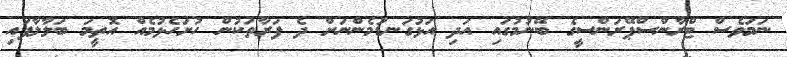
ނަމަވެސް ޓްރާންސްޕޭރަންސީގެ ބޭނުމުގައި އަދި އަޅުގަނޑުމެންނަށް ދެ ފަރާތަކުން ހުށަހެޅުމެއް އޮތީމަ ބަލާލާފައި